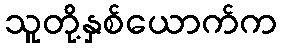
သူတို့နှစ်ယောက်က